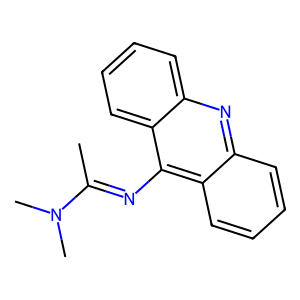
SMILES: CC(=Nc1c2ccccc2nc2ccccc12)N(C)C
Inhibits HIV replication: No